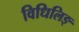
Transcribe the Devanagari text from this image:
विधिलिङ्